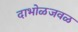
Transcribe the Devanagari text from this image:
दाभोळजवळ